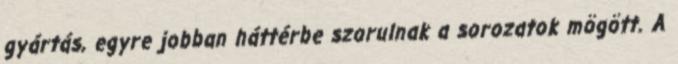
gyártás, egyre jobban háttérbe szorulnak a sorozatok mögött. A